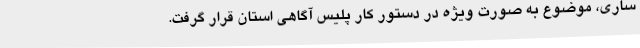
ساری، موضوع به صورت ویژه در دستور کار پلیس آگاهی استان قرار گرفت.